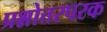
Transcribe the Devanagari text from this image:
प्रश्नोत्तरपरक